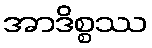
အာဒိစ္စဿ